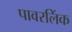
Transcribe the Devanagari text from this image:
पावरलिंक